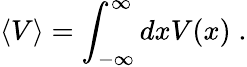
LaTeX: \left<V\right>=\int_{-\infty}^{\infty}dxV(x)\; .